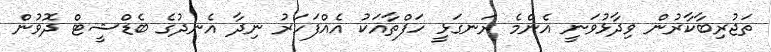
ތަޖުރިބާކާރުން ވިދާޅުވަނީ އެންމެ ރަނގަޅީ ހަފްތާއަކު އެއްފަހަރު ނިދާ އެނދުގެ ބެޑްޝީޓް ދޮވުން